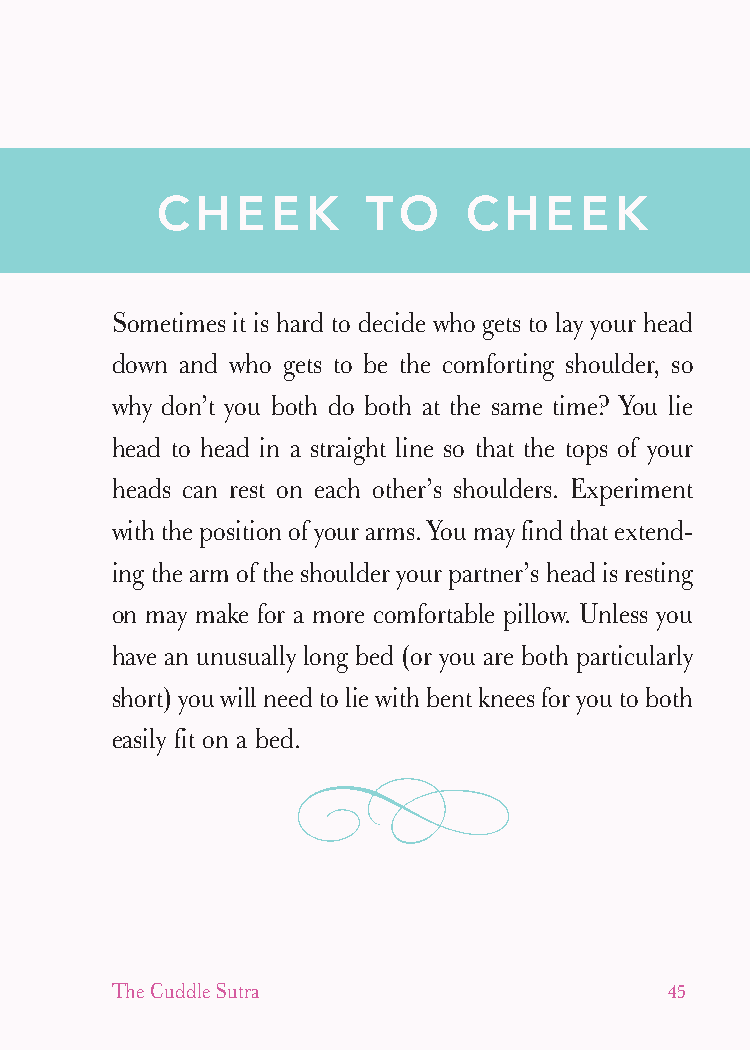
cudllesutra_internals1 7/16/07 2:50 PM Page 45
 CHEEK         TO     CHEEK
 Sometimes it is hard to decide who gets to lay your head
 down and who gets to be the comforting shoulder, so
 why don’t you both do both at the same time? You lie
 head to head in a straight line so that the tops of your
 heads can rest on each other’s shoulders. Experiment
 with the position of your arms. You may find that extend-
 ing the arm of the shoulder your partner’s head is resting
 on may make for a more comfortable pillow. Unless you
 have an unusually long bed (or you are both particularly
 short) you will need to lie with bent knees for you to both
 easily fit on a bed.
 The Cuddle Sutra                     45